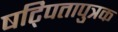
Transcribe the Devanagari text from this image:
षट्पितापुत्रक